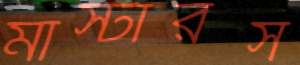
মাস্টারস